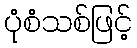
ပုံစံသစ်ဖြင့်